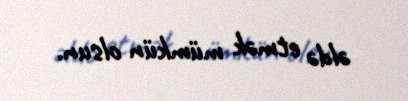
əldə etmək mümkün olsun.